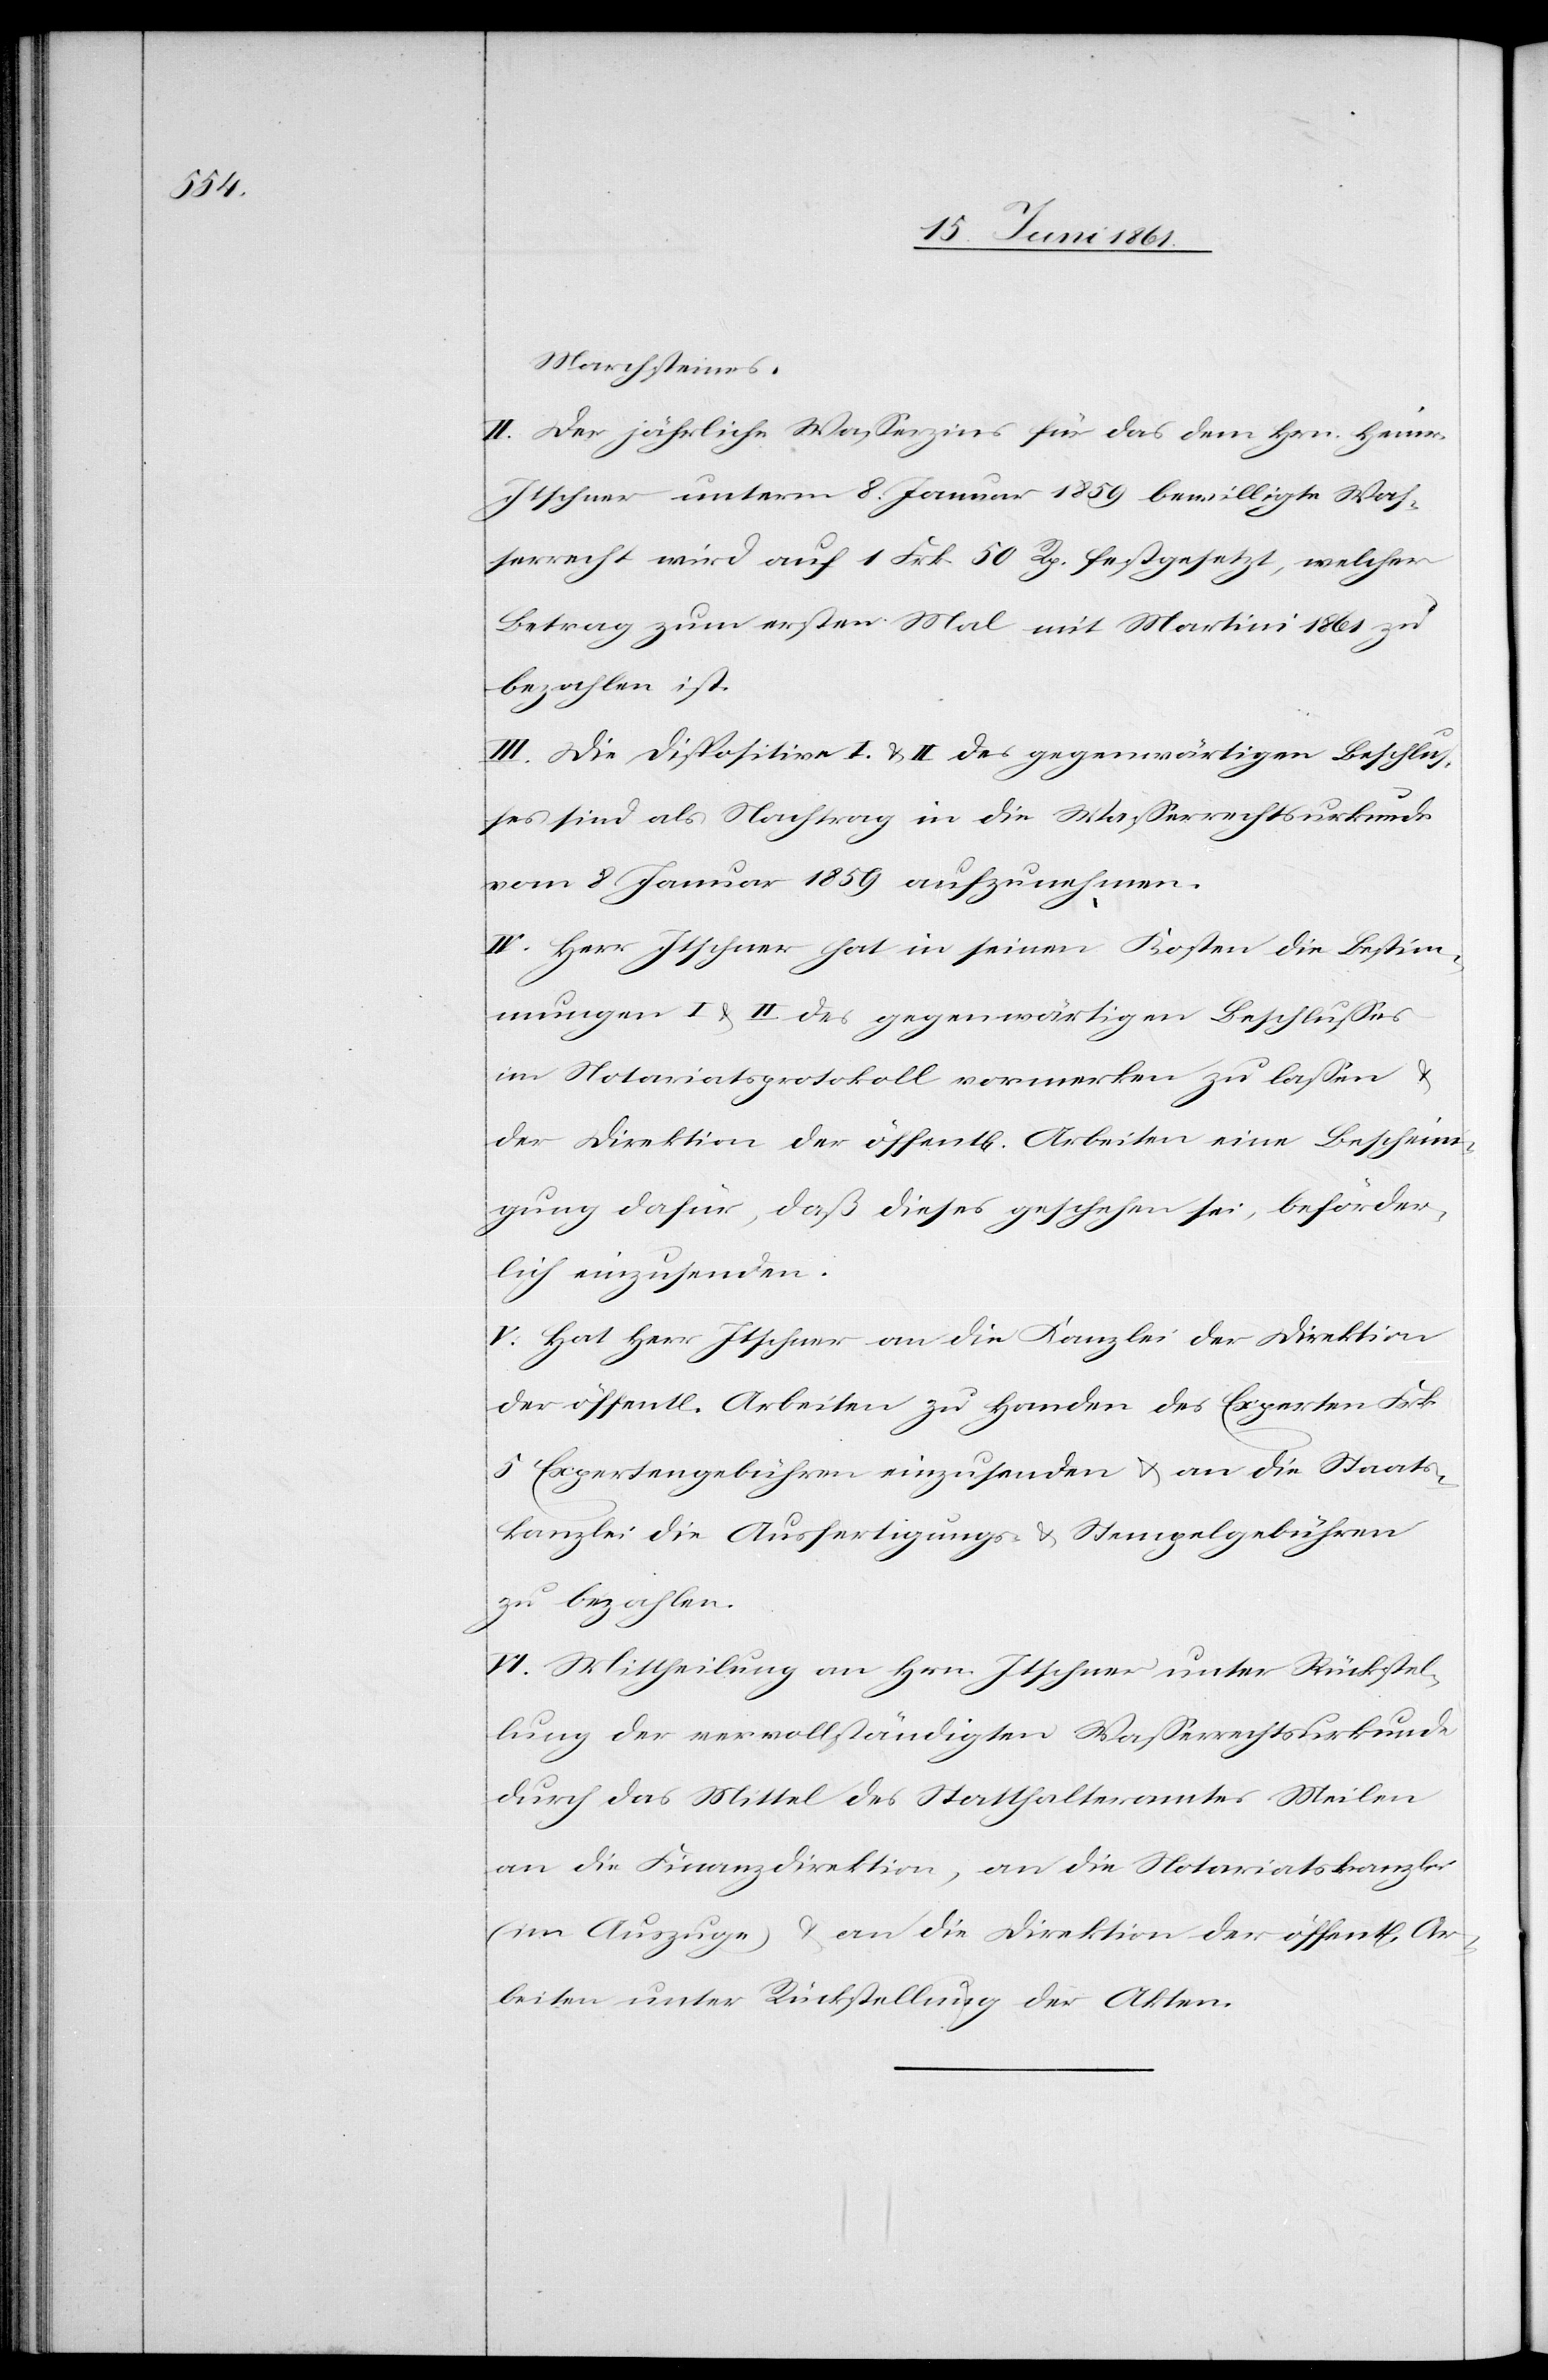
Marchsteines.
II. Der jährliche Wasserzins für das dem Hrn. Heinr.
Itschner unterm 8. Januar 1859 bewilligte Was¬
serrecht wird auf 1 Frk. 50 Rp. festgesetzt, welcher
Betrag zum ersten Mal mit Martini 1861 zu
bezahlen ist.
III. Die Dispositive I u. II des gegenwärtigen Beschlus¬
ses sind als Nachtrag in die Wasserrechtsurkunde
vom 8. Januar 1859 aufzunehmen.
IV. Herr Itschner hat in seinen Kosten die Bestim¬
mungen I u. II des gegenwärtigen Beschlusses
im Notariatsprotokoll vormerken zu lassen u.
der Direktion der öffent[lichen] Arbeiten eine Bescheini¬
gung dafür, daß dieses geschehen sei, beförder¬
lich einzusenden.
V. Hat Herr Itschner an die Kanzlei der Direktion
der öffentl. Arbeiten zu Handen des Experten Frk.
5 Expertengebühren einzusenden u. an die Staats¬
kanzlei die Ausfertigungs- u. Stempelgebühren
zu bezahlen.
VI. Mittheilung an Hrn. Itschner unter Rückstel¬
lung der vervollständigten Wasserrechtsurkunde
durch das Mittel des Statthalteramtes Meilen
an die Finanzdirektion, an die Notariatskanzlei
(im Auszuge) u. an die Direktion der öffent[lichen]
Arbeiten unter Rückstellung der Akten.